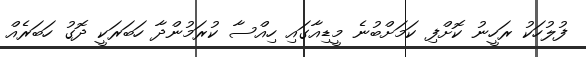
ފުލުހަކު ރަހީނު ކޮށްފި ކަމަށްބުނެ މީޑިއާގައި ހިއްސާ ކުރަމުންދާ ހަބަރަކީ ދޮގު ހަބަރެއް